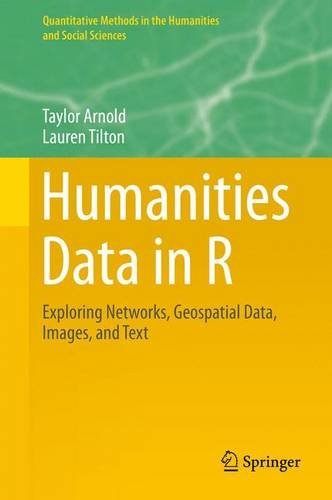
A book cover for Humanities Data in R: Exploring Networks, Geospatial Data, Images, and Text (Quantitative Methods in the Humanities and Social Sciences); Taylor Arnold; Politics & Social Sciences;